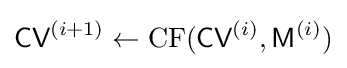
{\textsf {CV}}^{(i+1)}\leftarrow {\textrm {CF}}({\textsf {CV}}^{(i)},{\textsf {M}}^{(i)})